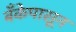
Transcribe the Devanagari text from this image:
बँकेपासून